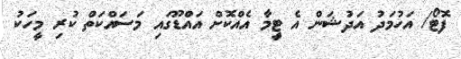
ފޮޓޯ/ އަހުމަދު އަދުޝަން އެ ޓީިމާ އެއްކޮށް އައްޑޫގައި މަސައްކަތް ކުރި މީހަކު